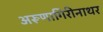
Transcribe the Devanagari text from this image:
अरूणागिरीनाथर